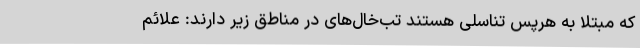
که مبتلا به هرپس تناسلی هستند تب‌خال‌های در مناطق زیر دارند: علائم